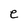
Character: e